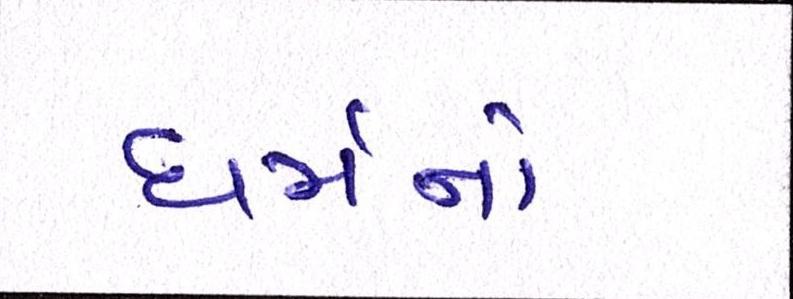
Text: ધર્મનો